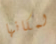
لمكانها